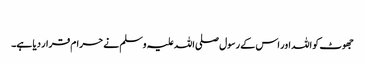
​
جھوٹ کو اللہ اور اس کے رسول صلی اللہ علیہ وسلم نے حرام قرار دیا ہے۔